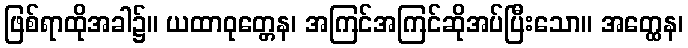
ဖြစ်ရာထိုအခါ၌။ ယထာဝုတ္တေန၊ အကြင်အကြင်ဆိုအပ်ပြီးသော။ အတ္ထေန၊